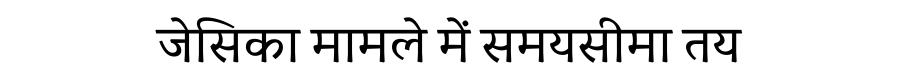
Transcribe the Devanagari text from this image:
जेसिका मामले में समयसीमा तय